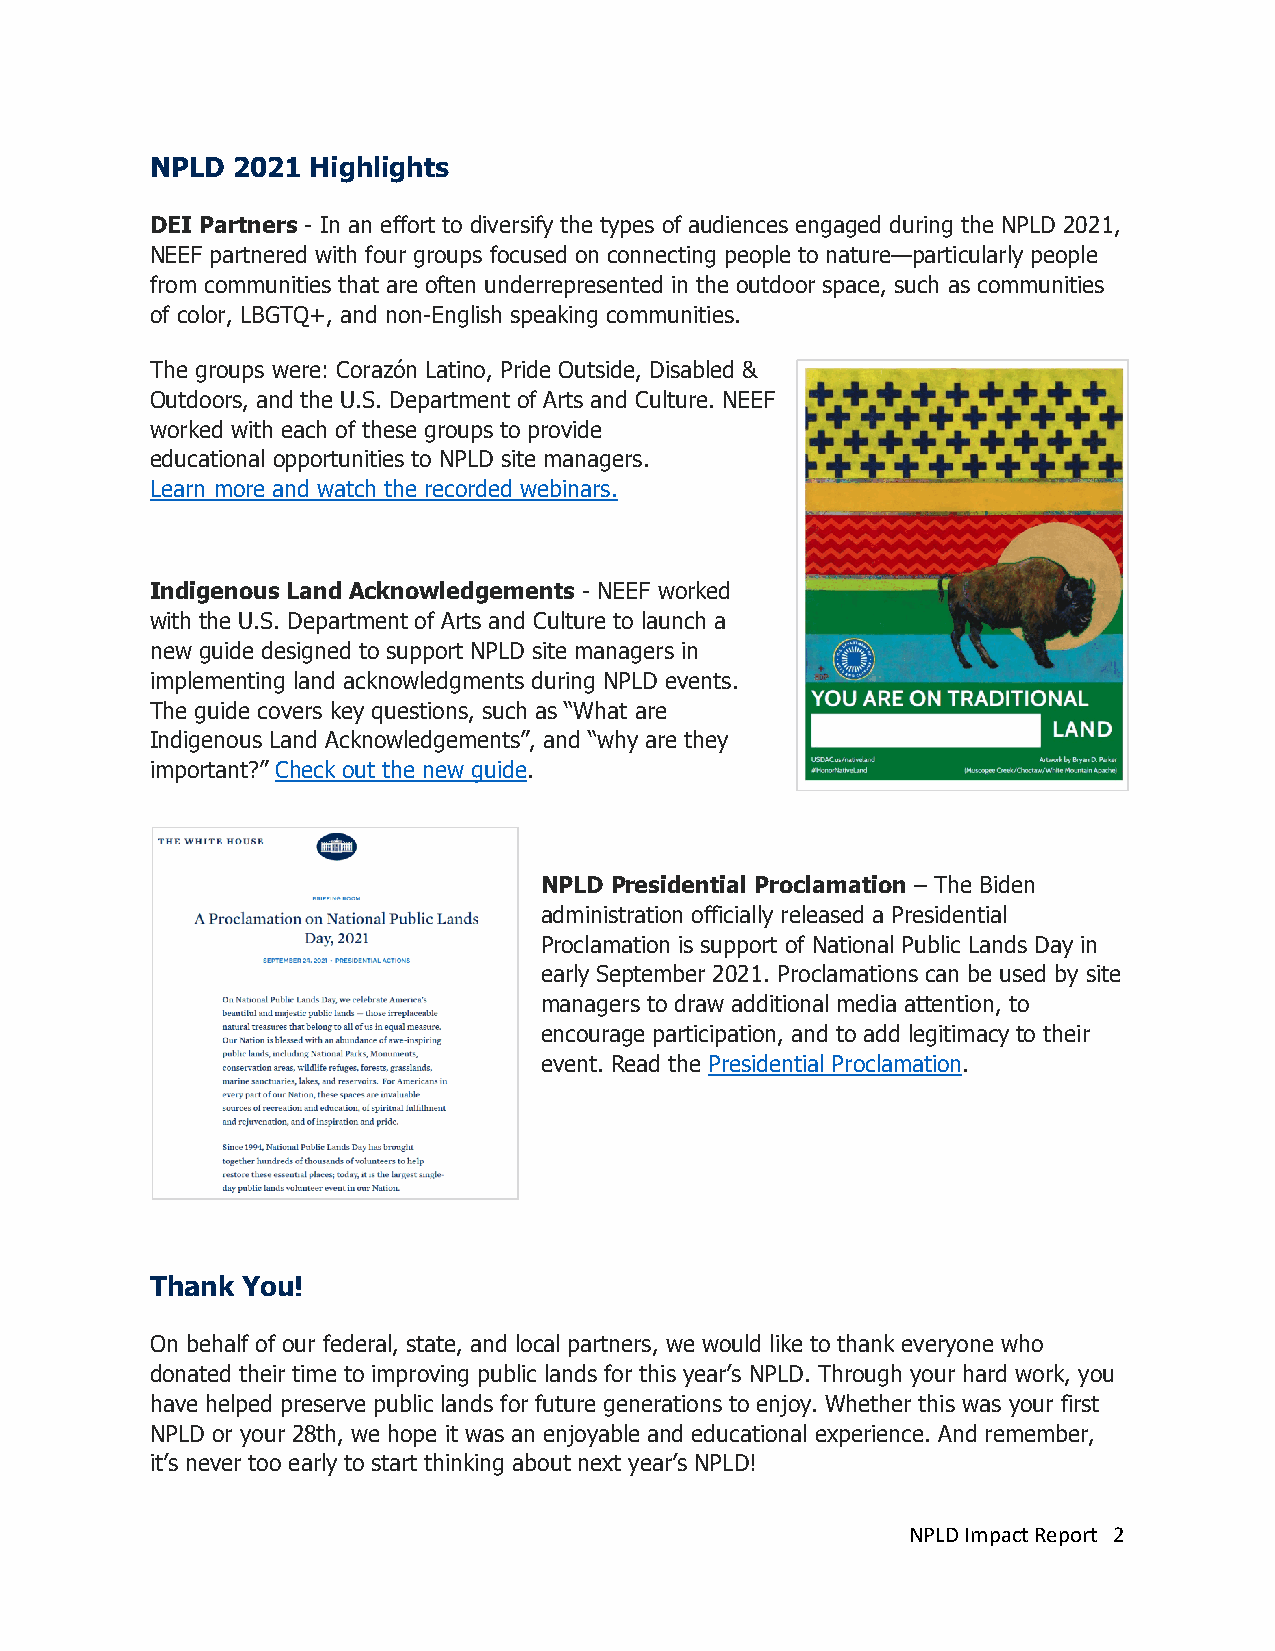
NPLD 2021  Highlights
 DEI Partners - In an effort to diversify the types of audiences engaged during the NPLD 2021,
 NEEF partnered with four groups focused on connecting people to nature—particularly people
 from communities that are often underrepresented in the outdoor space, such as communities
 of color, LBGTQ+, and non-English speaking communities.
 The groups were: Corazón Latino, Pride Outside, Disabled &
 Outdoors, and the U.S. Department of Arts and Culture. NEEF
 worked with each of these groups to provide
 educational opportunities to NPLD site managers.
 Learn more and watch the recorded webinars.
 Indigenous Land Acknowledgements - NEEF worked
 with the U.S. Department of Arts and Culture to launch a
 new guide designed to support NPLD site managers in
 implementing land acknowledgments during NPLD events.
 The guide covers key questions, such as “What are
 Indigenous Land Acknowledgements”, and “why are they
 important?” Check out the new guide.
 NPLD Presidential Proclamation – The Biden
 administration officially released a Presidential
 Proclamation is support of National Public Lands Day in
 early September 2021. Proclamations can be used by site
 managers to draw additional media attention, to
 encourage participation, and to add legitimacy to their
 event. Read the Presidential Proclamation.
 Thank You!
 On behalf of our federal, state, and local partners, we would like to thank everyone who
 donated their time to improving public lands for this year’s NPLD. Through your hard work, you
 have helped preserve public lands for future generations to enjoy. Whether this was your first
 NPLD or your 28th, we hope it was an enjoyable and educational experience. And remember,
 it’s never too early to start thinking about next year’s NPLD!
 NPLD Impact Report 2